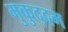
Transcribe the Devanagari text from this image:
मुकुद्दम